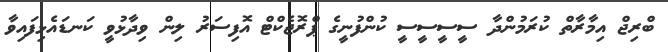
ބްރިޖް އިމާރާތް ކުރަމުންދާ ސީސީސީސީ ކުންފުނީގެ ޕްރޮޖެކްޓް އޮފިސަރު ލިން ވިދާޅުވީ ކަނޑައެޅިފައިވާ